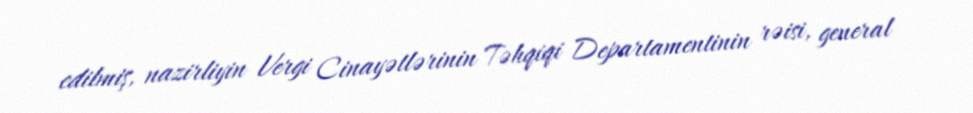
edilmiş, nazirliyin Vergi Cinayətlərinin Təhqiqi Departamentinin rəisi, general